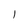
Character: l